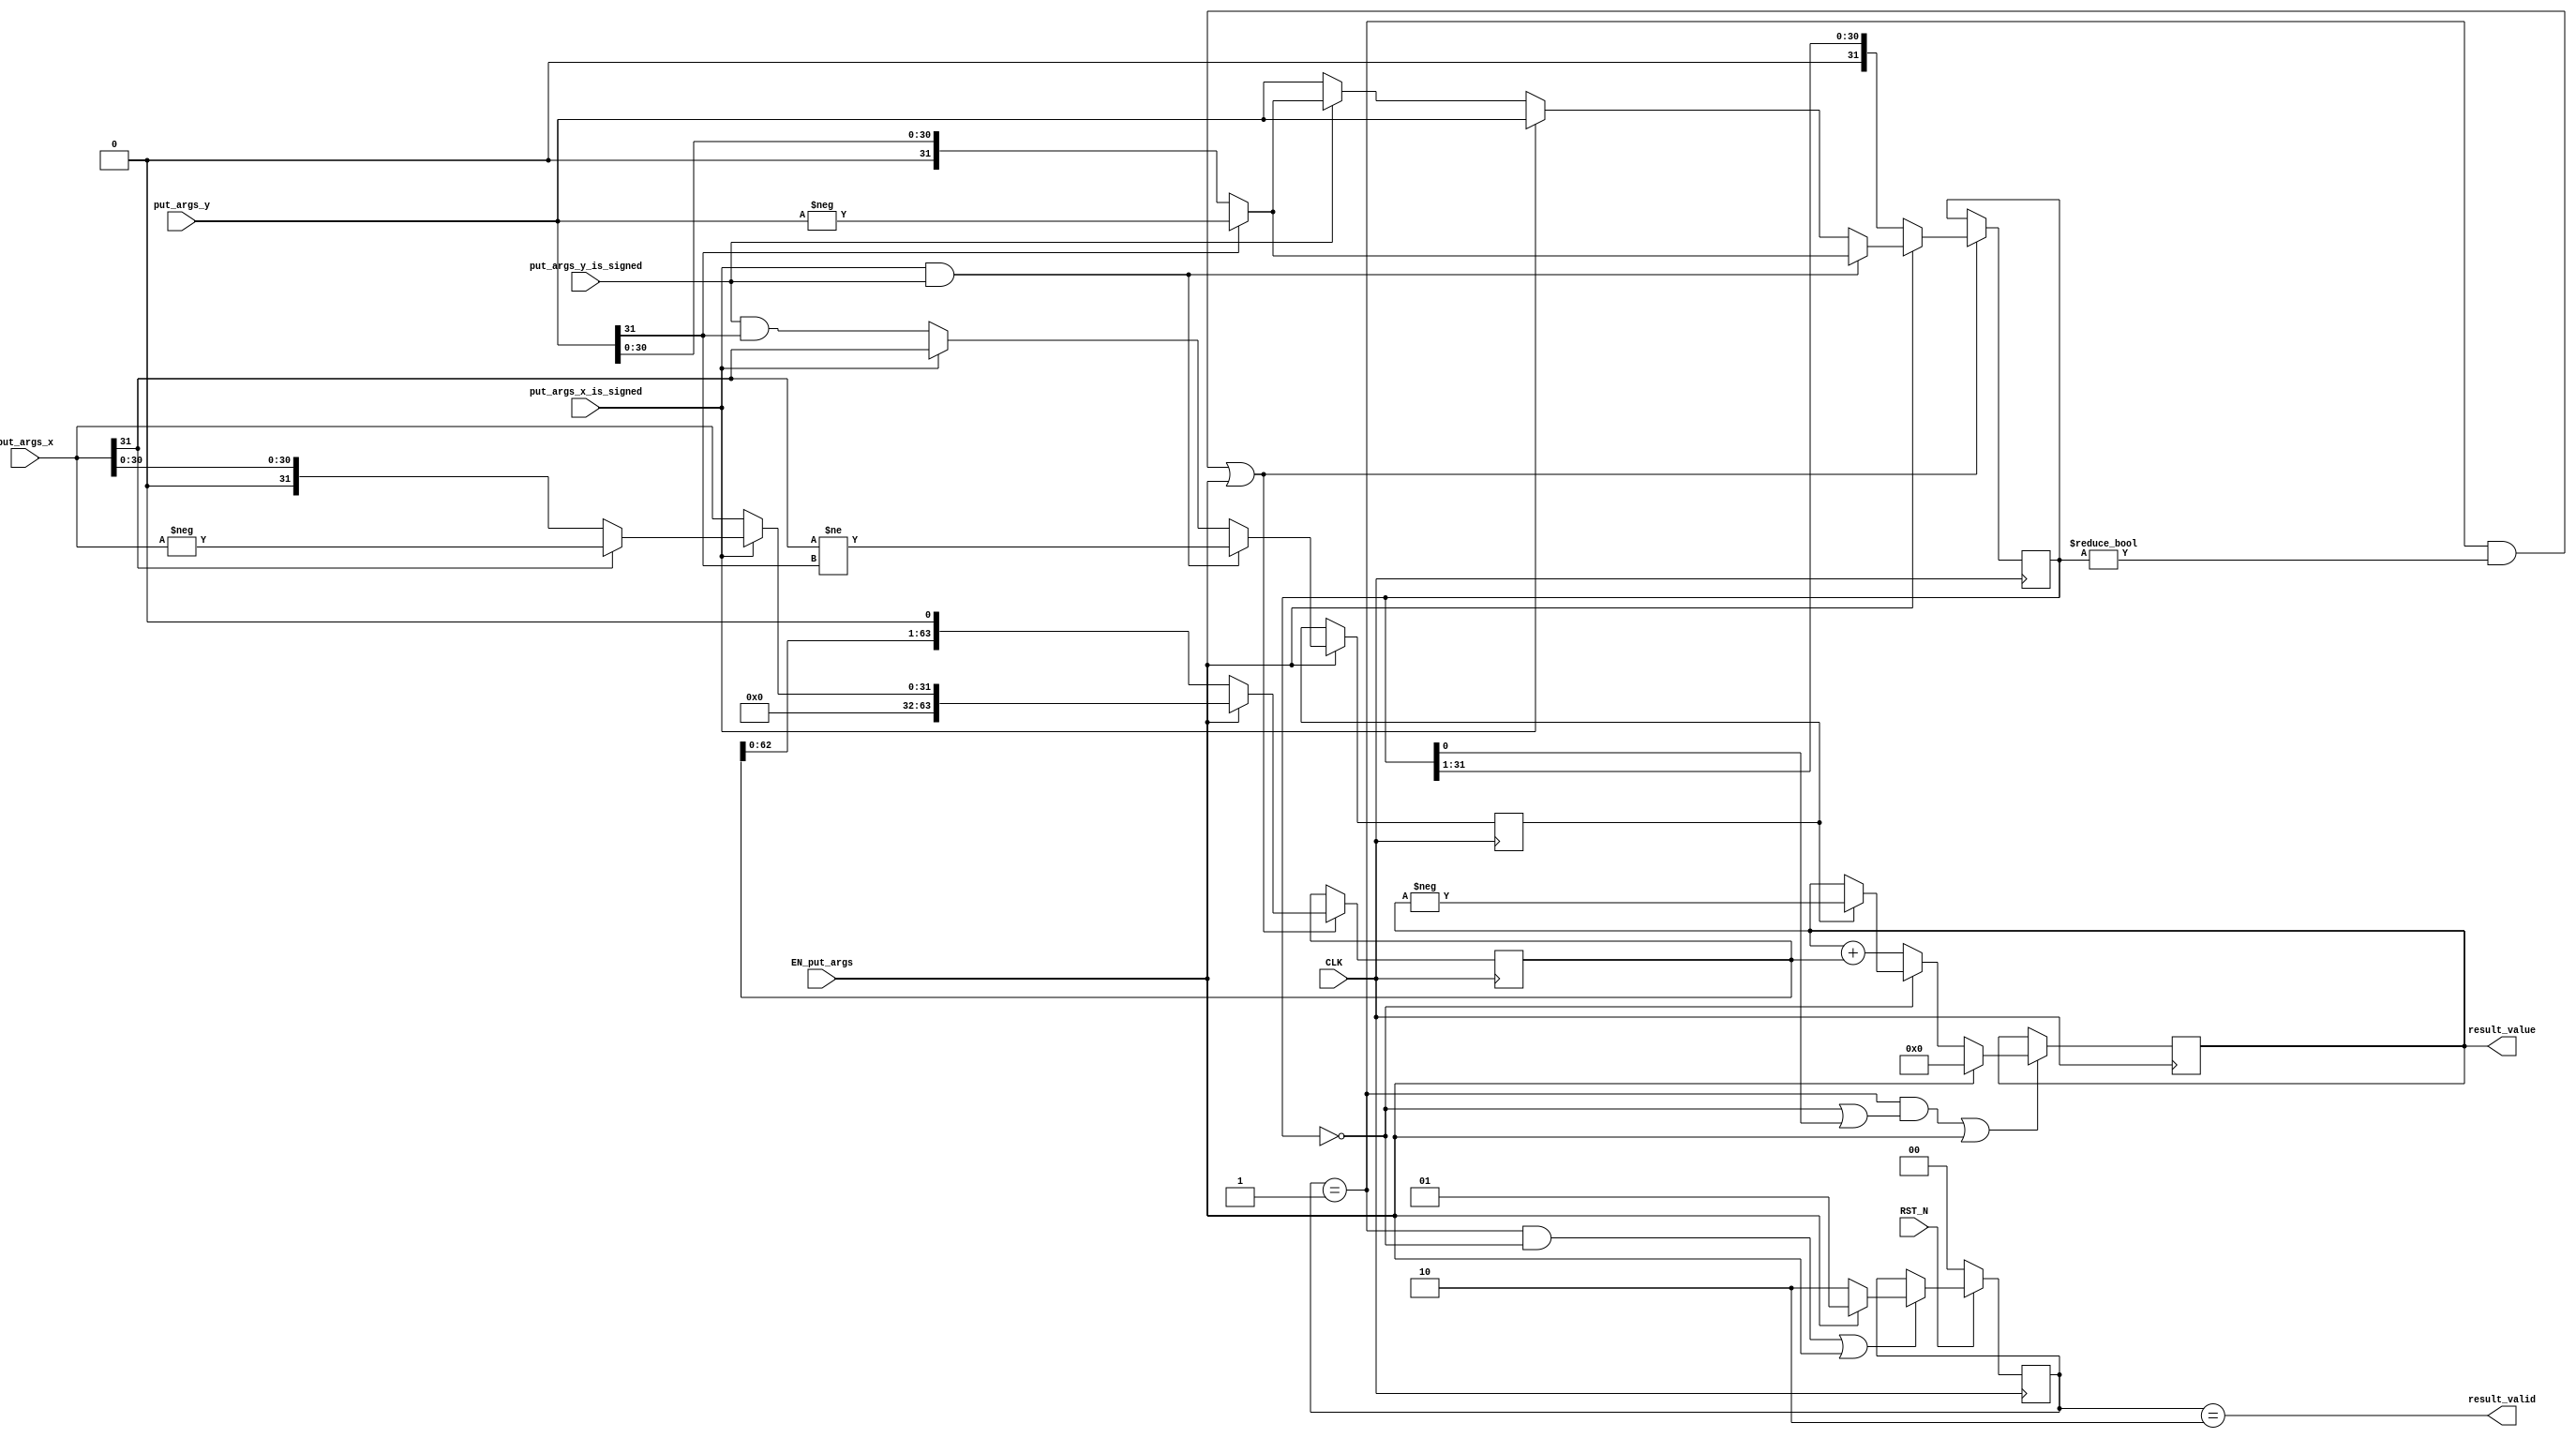
// This program was cloned from: https://github.com/bluespec/Piccolo
// License: Apache License 2.0

//
// Generated by Bluespec Compiler (build 0fccbb13)
//
//
// Ports:
// Name                         I/O  size props
// result_valid                   O     1
// result_value                   O    64 reg
// CLK                            I     1 clock
// RST_N                          I     1 reset
// put_args_x_is_signed           I     1
// put_args_x                     I    32
// put_args_y_is_signed           I     1
// put_args_y                     I    32
// EN_put_args                    I     1
//
// No combinational paths from inputs to outputs
//
//

`ifdef BSV_ASSIGNMENT_DELAY
`else
  `define BSV_ASSIGNMENT_DELAY
`endif

`ifdef BSV_POSITIVE_RESET
  `define BSV_RESET_VALUE 1'b1
  `define BSV_RESET_EDGE posedge
`else
  `define BSV_RESET_VALUE 1'b0
  `define BSV_RESET_EDGE negedge
`endif

module mkIntMul_32(CLK,
		   RST_N,

		   put_args_x_is_signed,
		   put_args_x,
		   put_args_y_is_signed,
		   put_args_y,
		   EN_put_args,

		   result_valid,

		   result_value);
  input  CLK;
  input  RST_N;

  // action method put_args
  input  put_args_x_is_signed;
  input  [31 : 0] put_args_x;
  input  put_args_y_is_signed;
  input  [31 : 0] put_args_y;
  input  EN_put_args;

  // value method result_valid
  output result_valid;

  // value method result_value
  output [63 : 0] result_value;

  // signals for module outputs
  wire [63 : 0] result_value;
  wire result_valid;

  // register m_rg_isNeg
  reg m_rg_isNeg;
  wire m_rg_isNeg$D_IN, m_rg_isNeg$EN;

  // register m_rg_signed
  reg m_rg_signed;
  wire m_rg_signed$D_IN, m_rg_signed$EN;

  // register m_rg_state
  reg [1 : 0] m_rg_state;
  wire [1 : 0] m_rg_state$D_IN;
  wire m_rg_state$EN;

  // register m_rg_x
  reg [63 : 0] m_rg_x;
  wire [63 : 0] m_rg_x$D_IN;
  wire m_rg_x$EN;

  // register m_rg_xy
  reg [63 : 0] m_rg_xy;
  wire [63 : 0] m_rg_xy$D_IN;
  wire m_rg_xy$EN;

  // register m_rg_y
  reg [31 : 0] m_rg_y;
  wire [31 : 0] m_rg_y$D_IN;
  wire m_rg_y$EN;

  // rule scheduling signals
  wire CAN_FIRE_RL_m_compute,
       CAN_FIRE_put_args,
       WILL_FIRE_RL_m_compute,
       WILL_FIRE_put_args;

  // inputs to muxes for submodule ports
  wire [63 : 0] MUX_m_rg_x$write_1__VAL_1,
		MUX_m_rg_x$write_1__VAL_2,
		MUX_m_rg_xy$write_1__VAL_2;
  wire [31 : 0] MUX_m_rg_y$write_1__VAL_1, MUX_m_rg_y$write_1__VAL_2;

  // remaining internal signals
  wire [63 : 0] x__h239, x__h341, xy___1__h265;
  wire [31 : 0] _theResult___fst__h509,
		_theResult___fst__h512,
		_theResult___fst__h563,
		_theResult___fst__h566,
		_theResult___snd_fst__h558;
  wire IF_put_args_x_is_signed_THEN_put_args_x_BIT_31_ETC___d34;

  // action method put_args
  assign CAN_FIRE_put_args = 1'd1 ;
  assign WILL_FIRE_put_args = EN_put_args ;

  // value method result_valid
  assign result_valid = m_rg_state == 2'd2 ;

  // value method result_value
  assign result_value = m_rg_xy ;

  // rule RL_m_compute
  assign CAN_FIRE_RL_m_compute = m_rg_state == 2'd1 ;
  assign WILL_FIRE_RL_m_compute = CAN_FIRE_RL_m_compute ;

  // inputs to muxes for submodule ports
  assign MUX_m_rg_x$write_1__VAL_1 = { 32'd0, _theResult___fst__h509 } ;
  assign MUX_m_rg_x$write_1__VAL_2 = { m_rg_x[62:0], 1'd0 } ;
  assign MUX_m_rg_xy$write_1__VAL_2 = (m_rg_y == 32'd0) ? x__h239 : x__h341 ;
  assign MUX_m_rg_y$write_1__VAL_1 =
	     (put_args_x_is_signed && put_args_y_is_signed) ?
	       _theResult___fst__h566 :
	       _theResult___snd_fst__h558 ;
  assign MUX_m_rg_y$write_1__VAL_2 = { 1'd0, m_rg_y[31:1] } ;

  // register m_rg_isNeg
  assign m_rg_isNeg$D_IN =
	     (put_args_x_is_signed && put_args_y_is_signed) ?
	       put_args_x[31] != put_args_y[31] :
	       IF_put_args_x_is_signed_THEN_put_args_x_BIT_31_ETC___d34 ;
  assign m_rg_isNeg$EN = EN_put_args ;

  // register m_rg_signed
  assign m_rg_signed$D_IN = 1'b0 ;
  assign m_rg_signed$EN = 1'b0 ;

  // register m_rg_state
  assign m_rg_state$D_IN = EN_put_args ? 2'd1 : 2'd2 ;
  assign m_rg_state$EN =
	     WILL_FIRE_RL_m_compute && m_rg_y == 32'd0 || EN_put_args ;

  // register m_rg_x
  assign m_rg_x$D_IN =
	     EN_put_args ?
	       MUX_m_rg_x$write_1__VAL_1 :
	       MUX_m_rg_x$write_1__VAL_2 ;
  assign m_rg_x$EN =
	     WILL_FIRE_RL_m_compute && m_rg_y != 32'd0 || EN_put_args ;

  // register m_rg_xy
  assign m_rg_xy$D_IN = EN_put_args ? 64'd0 : MUX_m_rg_xy$write_1__VAL_2 ;
  assign m_rg_xy$EN =
	     WILL_FIRE_RL_m_compute && (m_rg_y == 32'd0 || m_rg_y[0]) ||
	     EN_put_args ;

  // register m_rg_y
  assign m_rg_y$D_IN =
	     EN_put_args ?
	       MUX_m_rg_y$write_1__VAL_1 :
	       MUX_m_rg_y$write_1__VAL_2 ;
  assign m_rg_y$EN =
	     WILL_FIRE_RL_m_compute && m_rg_y != 32'd0 || EN_put_args ;

  // remaining internal signals
  assign IF_put_args_x_is_signed_THEN_put_args_x_BIT_31_ETC___d34 =
	     put_args_x_is_signed ?
	       put_args_x[31] :
	       put_args_y_is_signed && put_args_y[31] ;
  assign _theResult___fst__h509 =
	     put_args_x_is_signed ? _theResult___fst__h512 : put_args_x ;
  assign _theResult___fst__h512 = put_args_x[31] ? -put_args_x : put_args_x ;
  assign _theResult___fst__h563 =
	     put_args_y_is_signed ? _theResult___fst__h566 : put_args_y ;
  assign _theResult___fst__h566 = put_args_y[31] ? -put_args_y : put_args_y ;
  assign _theResult___snd_fst__h558 =
	     put_args_x_is_signed ? put_args_y : _theResult___fst__h563 ;
  assign x__h239 = m_rg_isNeg ? xy___1__h265 : m_rg_xy ;
  assign x__h341 = m_rg_xy + m_rg_x ;
  assign xy___1__h265 = -m_rg_xy ;

  // handling of inlined registers

  always@(posedge CLK)
  begin
    if (RST_N == `BSV_RESET_VALUE)
      begin
        m_rg_state <= `BSV_ASSIGNMENT_DELAY 2'd0;
      end
    else
      begin
        if (m_rg_state$EN)
	  m_rg_state <= `BSV_ASSIGNMENT_DELAY m_rg_state$D_IN;
      end
    if (m_rg_isNeg$EN) m_rg_isNeg <= `BSV_ASSIGNMENT_DELAY m_rg_isNeg$D_IN;
    if (m_rg_signed$EN) m_rg_signed <= `BSV_ASSIGNMENT_DELAY m_rg_signed$D_IN;
    if (m_rg_x$EN) m_rg_x <= `BSV_ASSIGNMENT_DELAY m_rg_x$D_IN;
    if (m_rg_xy$EN) m_rg_xy <= `BSV_ASSIGNMENT_DELAY m_rg_xy$D_IN;
    if (m_rg_y$EN) m_rg_y <= `BSV_ASSIGNMENT_DELAY m_rg_y$D_IN;
  end

  // synopsys translate_off
  `ifdef BSV_NO_INITIAL_BLOCKS
  `else // not BSV_NO_INITIAL_BLOCKS
  initial
  begin
    m_rg_isNeg = 1'h0;
    m_rg_signed = 1'h0;
    m_rg_state = 2'h2;
    m_rg_x = 64'hAAAAAAAAAAAAAAAA;
    m_rg_xy = 64'hAAAAAAAAAAAAAAAA;
    m_rg_y = 32'hAAAAAAAA;
  end
  `endif // BSV_NO_INITIAL_BLOCKS
  // synopsys translate_on
endmodule  // mkIntMul_32